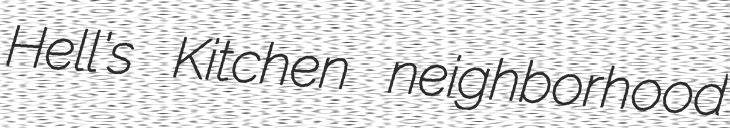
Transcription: Hell's Kitchen neighborhood